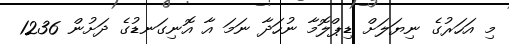
މި އަހަރުގެ ނިޔަލަށް ޑިޕްލޮމާ ނުހަދާ ނަމަ އާ އޮނިގަނޑުގެ ދަށުން 1236